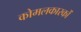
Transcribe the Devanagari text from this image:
कोमलकारकों